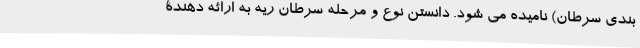
بندی سرطان) نامیده می شود. دانستن نوع و مرحله سرطان ریه به ارائه دهندۀ